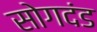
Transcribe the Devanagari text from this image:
सोगदंड